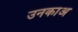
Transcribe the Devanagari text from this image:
उनकाअ